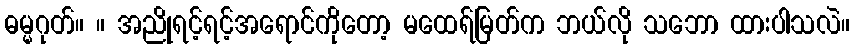
ဓမ္မဂုတ်။ ။ အညိုရင့်ရင့်အရောင်ကိုတော့ မထေရ်မြတ်က ဘယ်လို သဘော ထားပါသလဲ။